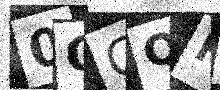
Text: 0QCQF7